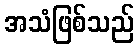
အသံဖြစ်သည်